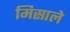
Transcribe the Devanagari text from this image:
मिसाले